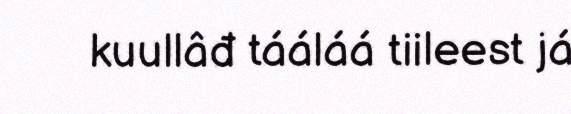
kuullâđ tááláá tiileest já